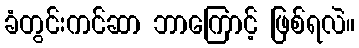
ခံတွင်းကင်ဆာ ဘာကြောင့် ဖြစ်ရလဲ။